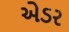
એડર